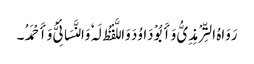
رَوَاہُ التِّرْمِذِیُّ وَأَبُوْ دَاوُدَ وَاللَّفْظُ لَہٗ وَالنَّسَائِیُّ وَأَحْمَدُ۔